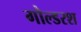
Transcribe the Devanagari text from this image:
गोल्डरश